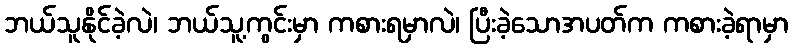
ဘယ်သူနိုင်ခဲ့လဲ၊ ဘယ်သူ့ကွင်းမှာ ကစားရမှာလဲ၊ ပြီးခဲ့သောအပတ်က ကစားခဲ့ရာမှာ